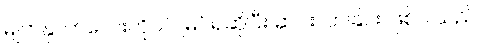
မျက်နှာကလေးကိုပင် မြင်ရဆိုပြီး ဆင်းလာခြင်း ဖြစ်ပါသည်။